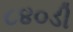
૮૪૦ડી